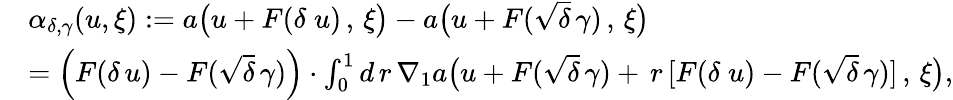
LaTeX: \begin{array}{rl}&{\alpha_{\delta,\gamma}(u,\xi):=a\big(u+F(\delta\; u)\, ,\, \xi\big)-a\big(u+F(\sqrt{\delta}\, \gamma)\, ,\, \xi\big)}\\ &{=\Big(F(\delta\, u)-F(\sqrt{\delta}\, \gamma)\Big)\cdot\int_{0}^{1}d\, r\, \nabla_{1}a\big(u+F(\sqrt{\delta}\, \gamma)+\, r\, [F(\delta\; u)-F(\sqrt{\delta}\, \gamma)]\, ,\, \xi\big),}\end{array}